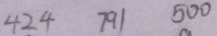
4 2 4 7 9 5 0 0